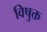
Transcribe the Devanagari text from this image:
विषुक्त